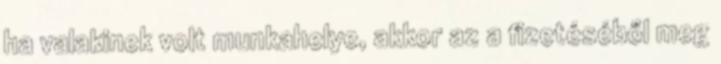
ha valakinek volt munkahelye, akkor az a fizetéséből meg